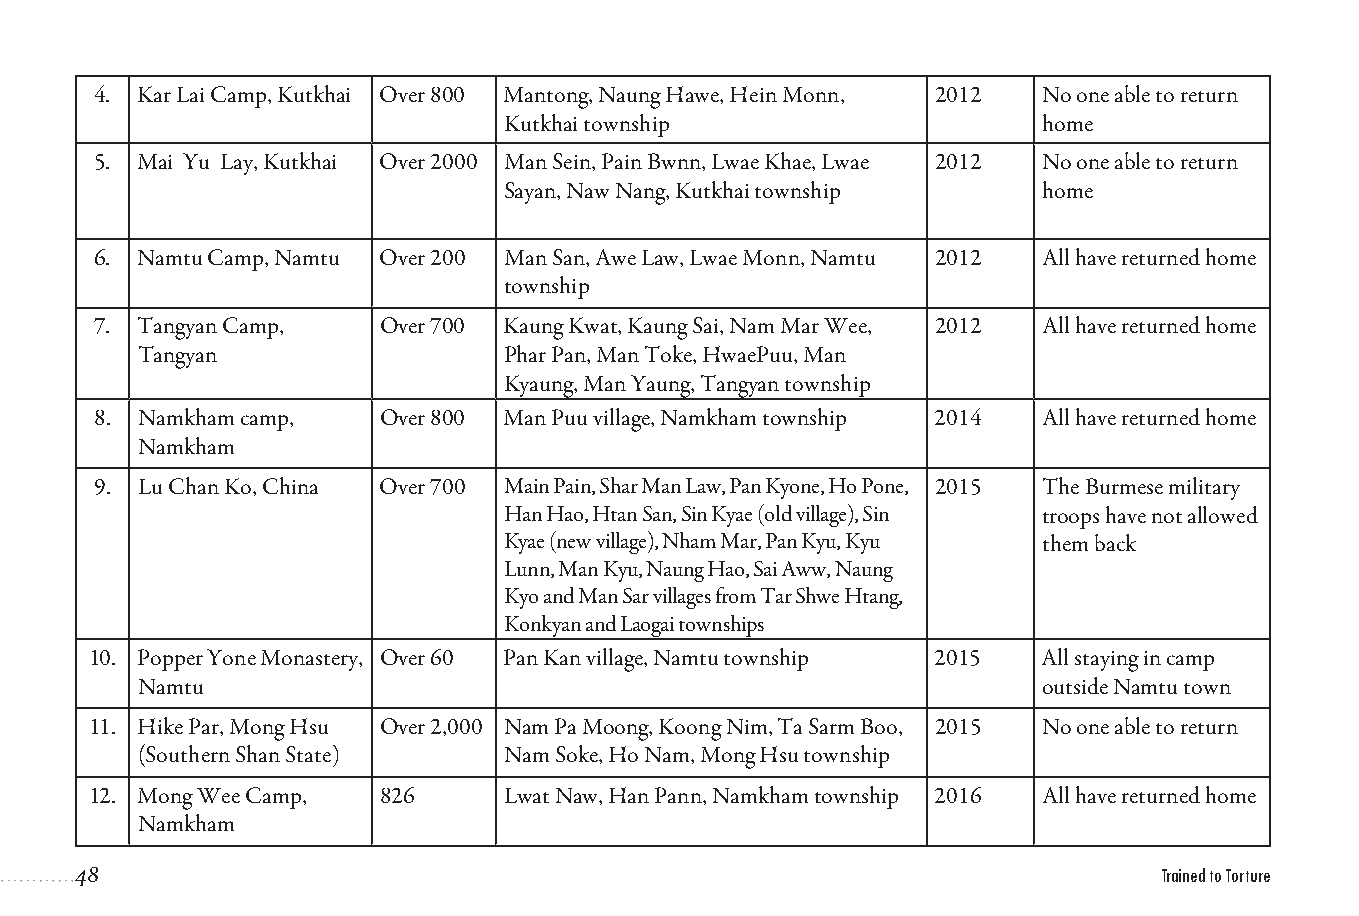
4. Kar Lai Camp, Kutkhai Over 800 Mantong, Naung Hawe, Hein Monn, 2012 No one able to return
 Kutkhai township                   home
 5. Mai Yu Lay, Kutkhai Over 2000 Man Sein, Pain Bwnn, Lwae Khae, Lwae 2012 No one able to return
 Sayan, Naw Nang, Kutkhai township  home
 6. Namtu Camp, Namtu Over 200 Man San, Awe Law, Lwae Monn, Namtu 2012 All have returned home
 township
 7. Tangyan Camp,   Over 700 Kaung Kwat, Kaung Sai, Nam Mar Wee, 2012 All have returned home
 Tangyan                  Phar Pan, Man Toke, HwaePuu, Man
 Kyaung, Man Yaung, Tangyan township
 8. Namkham camp,   Over 800 Man Puu village, Namkham township 2014 All have returned home
 Namkham
 9. Lu Chan Ko, China Over 700 Main Pain, Shar Man Law, Pan Kyone, Ho Pone, 2015 The Burmese military
 Han Hao, Htan San, Sin Kyae (old village), Sin troops have not allowed
 Kyae (new village), Nham Mar, Pan Kyu, Kyu them back
 Lunn, Man Kyu, Naung Hao, Sai Aww, Naung
 Kyo and Man Sar villages from Tar Shwe Htang,
 Konkyan and Laogai townships
 10. Popper Yone Monastery, Over 60 Pan Kan village, Namtu township 2015 All staying in camp
 Namtu                                                       outside Namtu town
 11. Hike Par, Mong Hsu Over 2,000 Nam Pa Moong, Koong Nim, Ta Sarm Boo, 2015 No one able to return
 (Southern Shan State)    Nam Soke, Ho Nam, Mong Hsu township
 12. Mong Wee Camp, 826      Lwat Naw, Han Pann, Namkham township 2016 All have returned home
 Namkham
 48                                                                      Trained to Torture